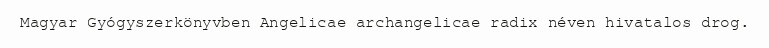
Magyar Gyógyszerkönyvben Angelicae archangelicae radix néven hivatalos drog.